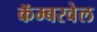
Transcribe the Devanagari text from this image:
कॅम्बरवेल